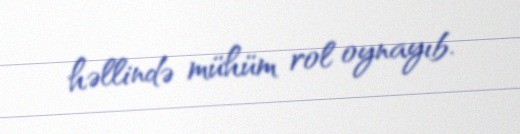
həllində mühüm rol oynayıb.